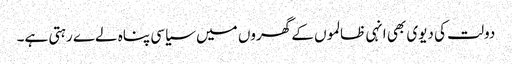
دولت کی دیوی بھی انہی ظالموں کے گھروں میں سیاسی پناہ لےے رہتی ہے۔